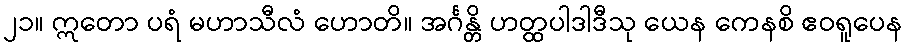
၂၁။ ဣတော ပရံ မဟာသီလံ ဟောတိ။ အင်္ဂန္တိ ဟတ္ထပါဒါဒီသု ယေန ကေနစိ ဧဝရူပေန